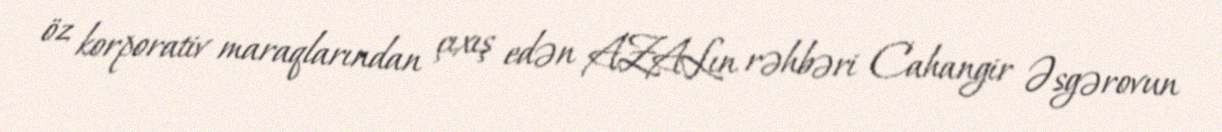
öz korporativ maraqlarından çıxış edən AZALın rəhbəri Cahangir Əsgərovun